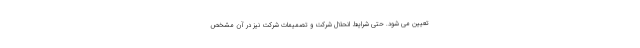
تعیین می شود. حتی شرایط انحلال شرکت و تصمیمات شرکت نیز در آن مشخص